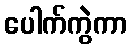
ပေါက်ကွဲကာ